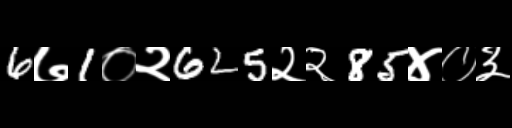
Text: 6७1०२625२२85४०३